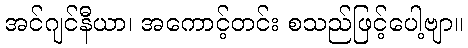
အင်ဂျင်နီယာ၊ အကောင့်တင်း စသည်ဖြင့်ပေါ့ဗျာ။